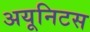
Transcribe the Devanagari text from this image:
अयूनिटस